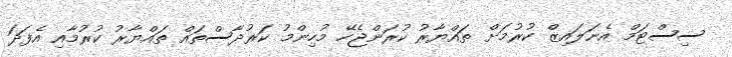
ސިސްޓަމް އެނަލައިޒް ކުރުމަށް ތައްޔާރު ކުރަންޖެހޭ މުހިންމު ކަރުދާސްތައް ތައްޔާރު ކުރުމާއި އެފަދަ